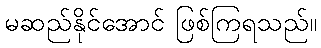
မဆည်နိုင်အောင် ဖြစ်ကြရသည်။